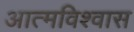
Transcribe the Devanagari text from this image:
आत्‍मविश्‍वास